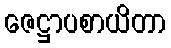
ဇေဋ္ဌာပစာယိတာ